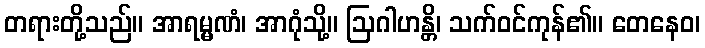
တရားတို့သည်။ အာရမ္မဏံ၊ အာဂုံသို့။ ဩဂါဟန္တိ၊ သက်ဝင်ကုန်၏။ တေနေဝ၊